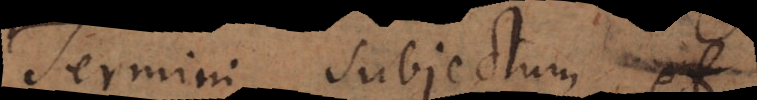
Termini subjectum